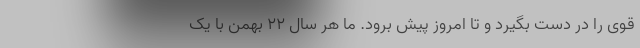
قوی را در دست بگیرد و تا امروز پیش برود. ما هر سال ۲۲ بهمن با یک